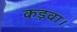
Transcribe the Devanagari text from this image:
कड़वा।